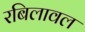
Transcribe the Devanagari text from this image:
रबिलावल